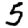
Digit: 5